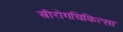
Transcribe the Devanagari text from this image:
स्त्रीरोगचिकित्सा